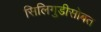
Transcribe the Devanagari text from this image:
सिलिगुडीसोबत